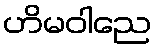
ဟိမဝါညေ